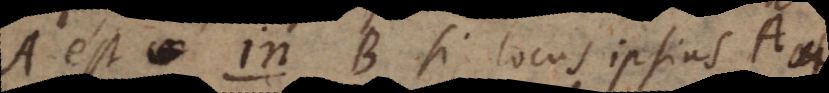
A est in B si locus ipsius A